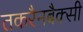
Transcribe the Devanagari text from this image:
तकरैनबैक्सी